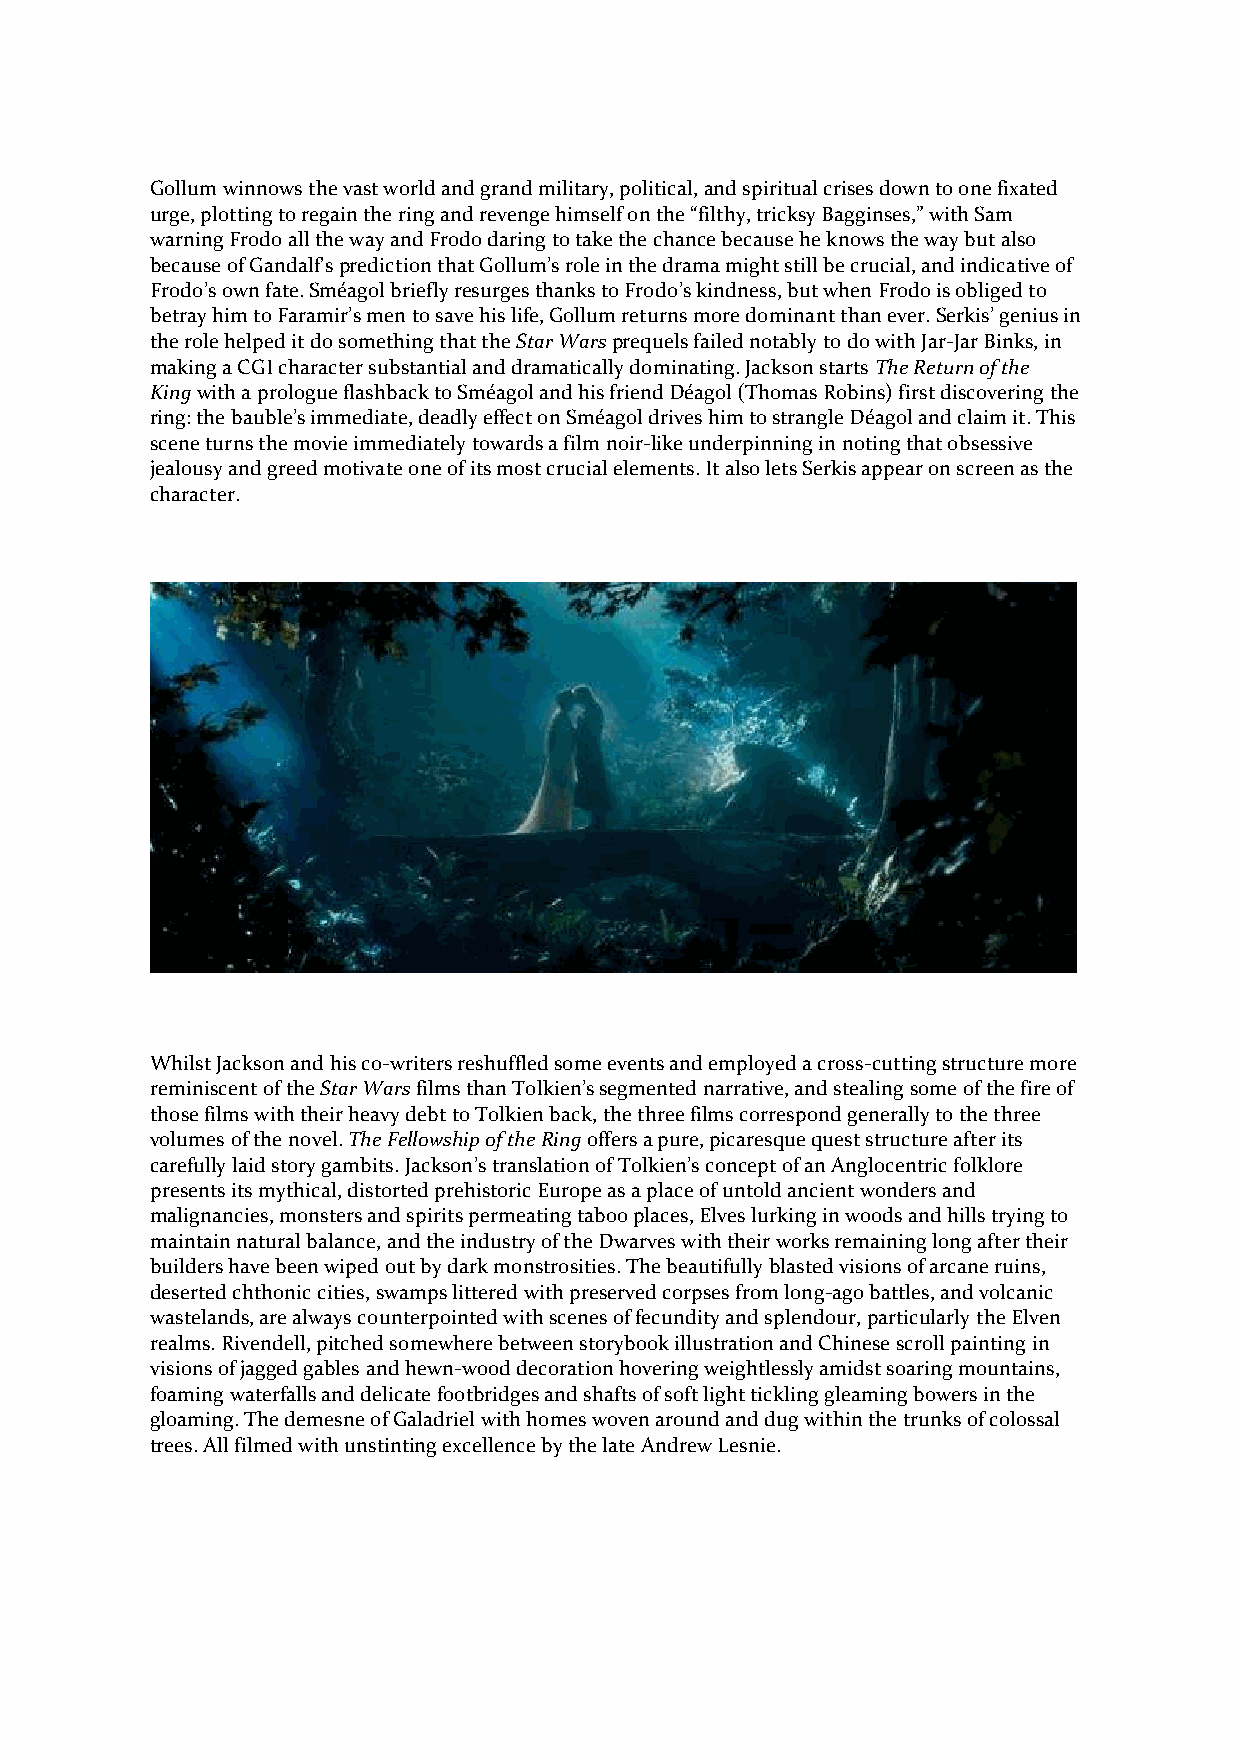
Gollum winnows the vast world and grand military, political, and spiritual crises down to one fixated
 urge, plotting to regain the ring and revenge himself on the “filthy, tricksy Bagginses,” with Sam
 warning Frodo all the way and Frodo daring to take the chance because he knows the way but also
 because of Gandalf’s prediction that Gollum’s role in the drama might still be crucial, and indicative of
 Frodo’s own fate. Sméagol briefly resurges thanks to Frodo’s kindness, but when Frodo is obliged to
 betray him to Faramir’s men to save his life, Gollum returns more dominant than ever. Serkis’ genius in
 the role helped it do something that the Star Wars prequels failed notably to do with Jar-Jar Binks, in
 making a CGI character substantial and dramatically dominating. Jackson starts The Return of the
 King with a prologue flashback to Sméagol and his friend Déagol (Thomas Robins) first discovering the
 ring: the bauble’s immediate, deadly effect on Sméagol drives him to strangle Déagol and claim it. This
 scene turns the movie immediately towards a film noir-like underpinning in noting that obsessive
 jealousy and greed motivate one of its most crucial elements. It also lets Serkis appear on screen as the
 character.
 Whilst Jackson and his co-writers reshuffled some events and employed a cross-cutting structure more
 reminiscent of the Star Wars films than Tolkien’s segmented narrative, and stealing some of the fire of
 those films with their heavy debt to Tolkien back, the three films correspond generally to the three
 volumes of the novel. The Fellowship of the Ring offers a pure, picaresque quest structure after its
 carefully laid story gambits. Jackson’s translation of Tolkien’s concept of an Anglocentric folklore
 presents its mythical, distorted prehistoric Europe as a place of untold ancient wonders and
 malignancies, monsters and spirits permeating taboo places, Elves lurking in woods and hills trying to
 maintain natural balance, and the industry of the Dwarves with their works remaining long after their
 builders have been wiped out by dark monstrosities. The beautifully blasted visions of arcane ruins,
 deserted chthonic cities, swamps littered with preserved corpses from long-ago battles, and volcanic
 wastelands, are always counterpointed with scenes of fecundity and splendour, particularly the Elven
 realms. Rivendell, pitched somewhere between storybook illustration and Chinese scroll painting in
 visions of jagged gables and hewn-wood decoration hovering weightlessly amidst soaring mountains,
 foaming waterfalls and delicate footbridges and shafts of soft light tickling gleaming bowers in the
 gloaming. The demesne of Galadriel with homes woven around and dug within the trunks of colossal
 trees. All filmed with unstinting excellence by the late Andrew Lesnie.